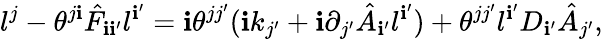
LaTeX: l^{j}-\theta^{j\mathbf{i}}\hat{{F}}_{\mathbf{i}\mathbf{i}^{\prime}}l^{\mathbf{i}^{\prime}}=\mathbf{i}\theta^{jj^{\prime}}(\mathbf{i}k_{j^{\prime}}+\mathbf{i}\partial_{j^{\prime}}\hat{{A}}_{\mathbf{i}^{\prime}}l^{\mathbf{i}^{\prime}})+\theta^{jj^{\prime}}l^{\mathbf{i}^{\prime}}D_{\mathbf{i}^{\prime}}\hat{{A}}_{j^{\prime}},